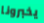
يخبرونا